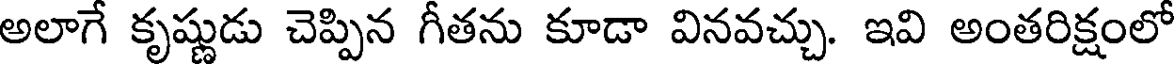
అలాగే కృష్ణుడు చెప్పిన గీతను కూడా వినవచ్చు. ఇవి అంతరిక్షంలో